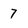
Character: 7